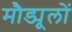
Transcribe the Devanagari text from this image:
मौड्यूलों